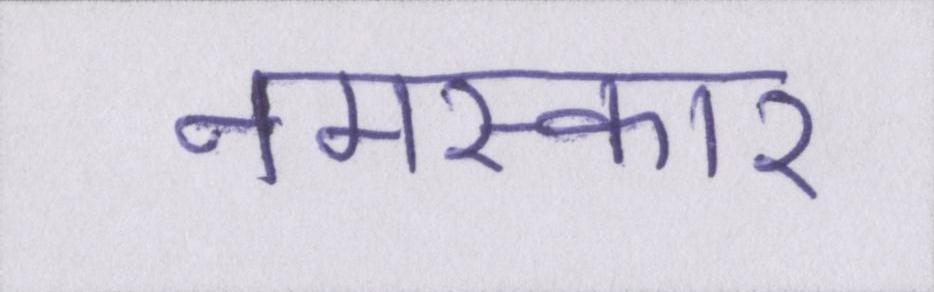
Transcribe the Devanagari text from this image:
नमस्कार